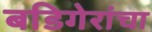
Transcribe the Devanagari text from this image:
बडिगेरांचा